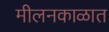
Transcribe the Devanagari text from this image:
मीलनकाळात